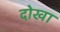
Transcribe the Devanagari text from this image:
दोखा